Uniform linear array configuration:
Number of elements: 8
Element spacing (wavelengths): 0.75
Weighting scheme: exponential
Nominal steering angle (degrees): -45
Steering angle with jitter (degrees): -45.39
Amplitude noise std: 0.05
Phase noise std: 0.05

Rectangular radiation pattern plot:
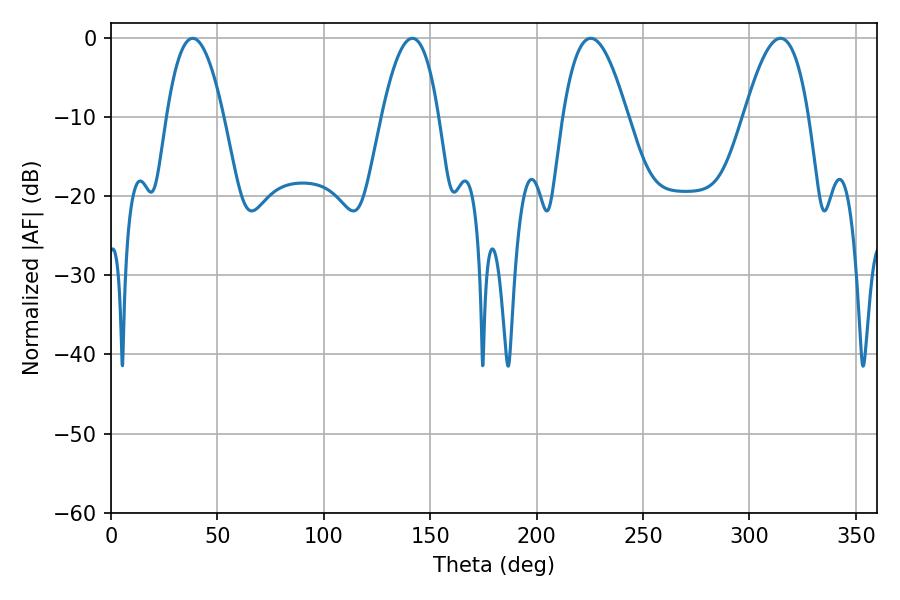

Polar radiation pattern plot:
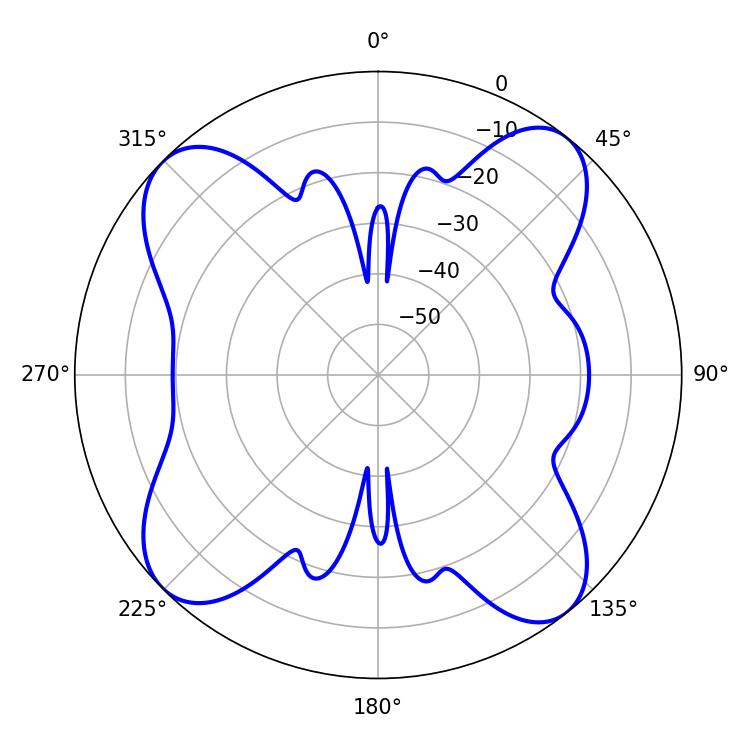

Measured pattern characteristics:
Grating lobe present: TRUE
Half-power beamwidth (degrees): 14.76
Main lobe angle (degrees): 38.34